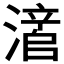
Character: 𬉃